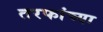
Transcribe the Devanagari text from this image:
तरफांच्या